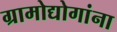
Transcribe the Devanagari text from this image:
ग्रामोद्योगांना